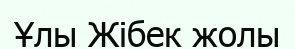
Ұлы Жібек жолы